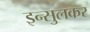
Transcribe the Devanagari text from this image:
इन्सुलकर